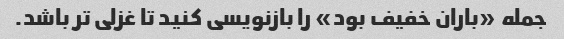
جمله «باران خفیف بود» را بازنویسی کنید تا غزلی تر باشد.